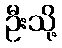
ဦးသို့